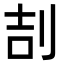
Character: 㓤